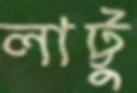
লাট্টু